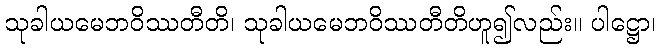
သုခါယမေဘဝိဿတီတိ၊ သုခါယမေဘဝိဿတီတိဟူ၍လည်း။ ပါဋ္ဌော၊